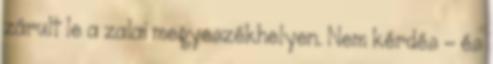
zárult le a zalai megyeszékhelyen. Nem kérdés – és